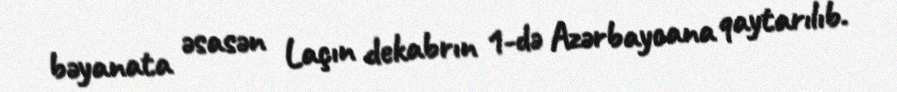
bəyanata əsasən Laçın dekabrın 1-də Azərbaycana qaytarılıb.